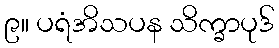
၉။ ပရံအိသပန သိက္ခာပုဒ်